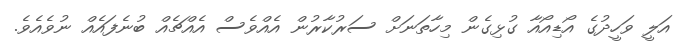
އަލީ ވަހީދުގެ އޯޑިއޯއާ ގުޅިގެން މިހާތަނަށް ސަރުކާރުން އެއްވެސް އެއްޗެއް ބުނެފައެއް ނުވެއެވެ.